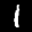
Label: 1